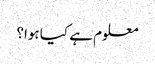
معلوم ہے کیا ہوا؟